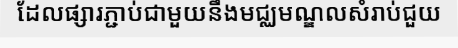
ដែលផ្សារភ្ជាប់ជាមួយនឹងមជ្ឈមណ្ឌលសំរាប់ជួយ